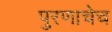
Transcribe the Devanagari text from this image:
पुरणाचेच